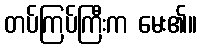
တပ်ကြပ်ကြီးက မေး၏။